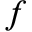
f